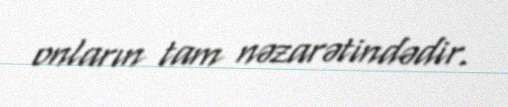
onların tam nəzarətindədir.